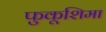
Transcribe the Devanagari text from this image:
फुकूशिमा